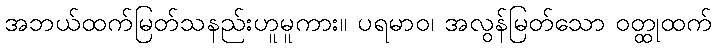
အဘယ်ထက်မြတ်သနည်းဟူမူကား။ ပရမာဝ၊ အလွန်မြတ်သော ဝတ္ထုထက်